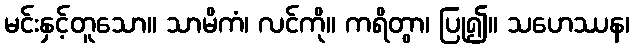
မင်းနှင့်တူသော။ သာမိကံ၊ လင်ကို။ ကရိတွာ၊ ပြု၍။ သဟေဿန၊